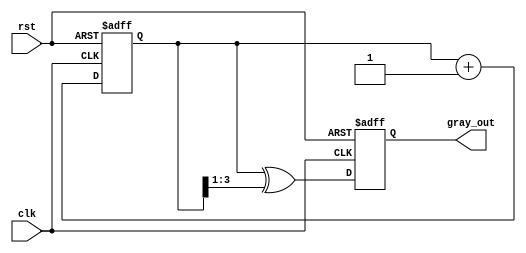
module gray_code_counter #(parameter N = 4) (
    input wire clk,
    input wire rst,
    output reg [N-1:0] gray_out
);

// Internal binary counter
reg [N-1:0] binary_count;

// Convert binary to Gray code
function [N-1:0] binary_to_gray;
    input [N-1:0] binary;
    begin
        binary_to_gray = binary ^ (binary >> 1);
    end
endfunction

// Always block for binary counter
always @(posedge clk or posedge rst) begin
    if (rst) begin
        binary_count <= 0; // Reset binary counter to 0
    end else begin
        binary_count <= binary_count + 1; // Increment the binary counter
    end
end

// Always block for Gray code output
always @(posedge clk or posedge rst) begin
    if (rst) begin
        gray_out <= binary_to_gray(0); // Reset Gray code output
    end else begin
        gray_out <= binary_to_gray(binary_count); // Update Gray code output
    end
end

endmodule